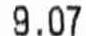
9.07